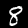
Label: 8